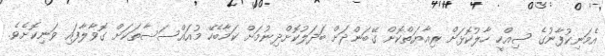
އެމަނިކުފާނުގެ ސިއްހީ ހާލުކޮޅަށް ރިއާޔަތްކޮށް ގޭބަންދަށް ބަދަލުކޮށްދިނުމަށް ކަމާބެހޭ މުއައްސަސާތަކަށް ގޮވާލާފައި ވަނިކޮށެވެ.